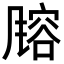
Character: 𬲄